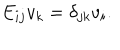
E _ { i j } v _ { k } = \delta _ { j k } v _ { i } .